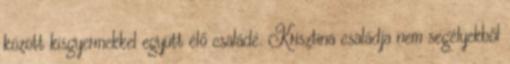
között kisgyermekkel együtt élő családé. Krisztina családja nem segélyekből